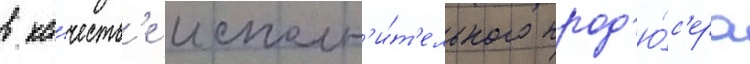
в ка́честв'е исполн'и́т'ельного прод'ю́с'ера